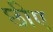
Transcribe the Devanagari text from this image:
छीए